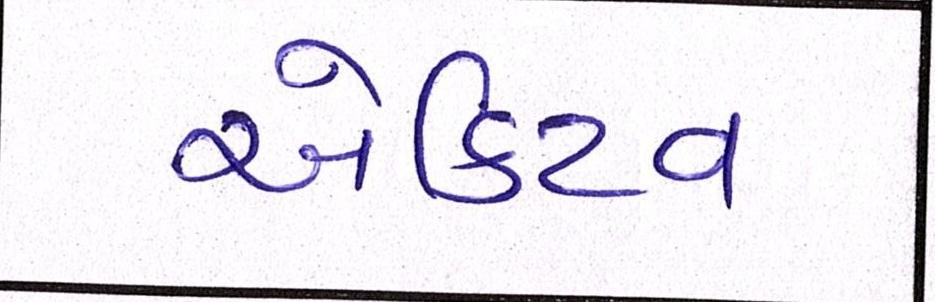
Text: એક્ટિવ